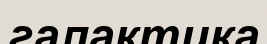
галактика